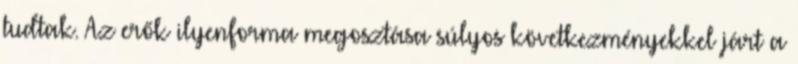
tudtak. Az erők ilyenforma megosztása súlyos következményekkel járt a